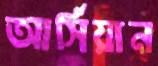
আর্সিয়ান